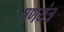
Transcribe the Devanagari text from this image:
षणयंत्र